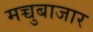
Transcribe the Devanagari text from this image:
मच्चुबाजार